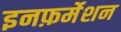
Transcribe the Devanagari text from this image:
इनफ़र्मेशन